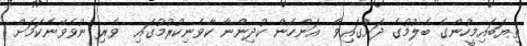
ތިޔަބައިމީހުންގެ ބެލުމުގެ ދަށުގައިވާ  އަންހެން ކުދިންނާ ކާވެނިކުރުމުގައި  ވެރި ނުވެވޭނެކަމަށް